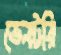
ভেনটরি